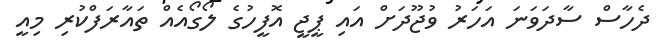
ދެހާސް ސާދަވަނަ އަހަރު ވުޖޫދަށް އައި ޕީޖީ އޮފީހުގެ ލޯގޯއެއް ތައާރަފްކުރި މިއީ